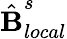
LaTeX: \hat{\textbf{B}}_{local}^{s}